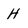
Character: H